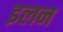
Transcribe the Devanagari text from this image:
इलन